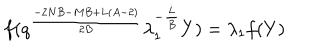
f ( q ^ { \frac { - 2 N B - M B + L ( A - 2 ) } { 2 B } } \lambda _ { 1 } ^ { - \frac { L } { B } } Y ) = \lambda _ { 1 } f ( Y )